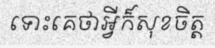
ទោះគេថាអ្វីក៏សុខចិត្ត